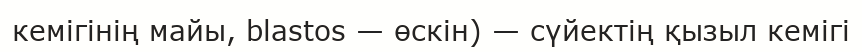
кемігінің майы, blastos — өскін) — сүйектің қызыл кемігі